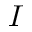
I